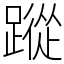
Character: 蹤